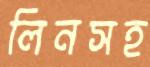
লিনসহ